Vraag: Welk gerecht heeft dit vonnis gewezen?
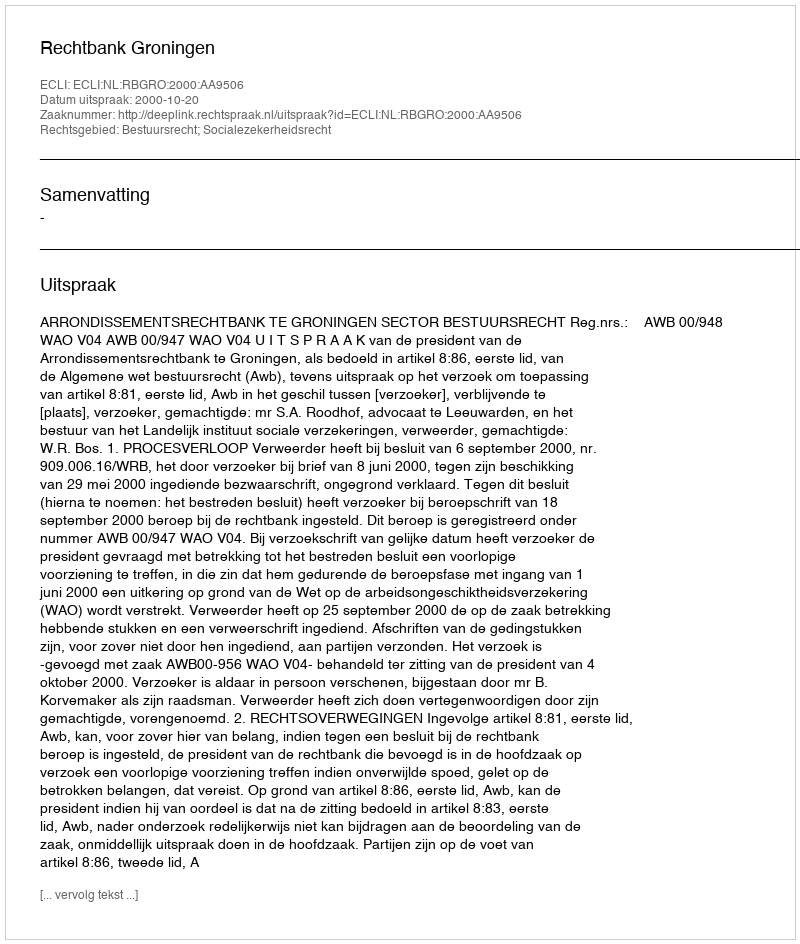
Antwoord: Rechtbank Groningen